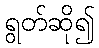
ရွတ်ဆို၍